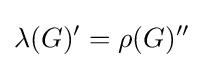
\lambda (G)^{\prime }=\rho (G)^{\prime \prime }